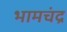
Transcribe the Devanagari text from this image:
भामचंद्र